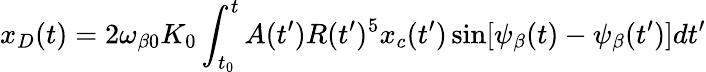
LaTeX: x_{D}(t)=2\omega_{\beta 0}K_{0}\int_{t_{0}}^{t}A(t^{\prime})R(t^{\prime})^{5}x_{c}(t^{\prime})\sin[\psi_{\beta}(t)-\psi_{\beta}(t^{\prime})]dt^{\prime}